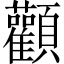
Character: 顴